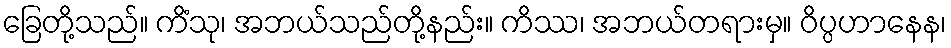
ခြေတို့သည်။ ကိံသု၊ အဘယ်သည်တို့နည်း။ ကိဿ၊ အဘယ်တရားမှ။ ဝိပ္ပဟာနေန၊